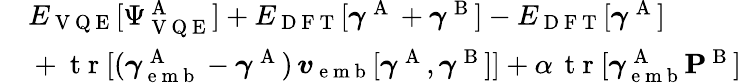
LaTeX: \begin{array}{rl}{\newline}&{{}E_{\mathrm{~V~Q~E~}}[\Psi_{\mathrm{~V~Q~E~}}^{\mathrm{~A~}}]+E_{\mathrm{~D~F~T~}}[\boldsymbol{\gamma}^{\mathrm{~A~}}+\boldsymbol{\gamma}^{\mathrm{~B~}}]-E_{\mathrm{~D~F~T~}}[\boldsymbol{\gamma}^{\mathrm{~A~}}]}\\ {\newline}&{{}+\mathrm{~t~r~}[(\boldsymbol{\gamma}_{\mathrm{~e~m~b~}}^{\mathrm{~A~}}-\boldsymbol{\gamma}^{\mathrm{~A~}})\, \boldsymbol{v}_{\mathrm{~e~m~b~}}[\boldsymbol{\gamma}^{\mathrm{~A~}},\boldsymbol{\gamma}^{\mathrm{~B~}}]]+\alpha\, \mathrm{~t~r~}[\boldsymbol{\gamma}_{\mathrm{~e~m~b~}}^{\mathrm{~A~}}\mathbf{P}^{\mathrm{~B~}}]}\end{array}